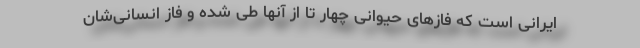
ایرانی است که فازهای حیوانی چهار تا از آنها طی شده و فاز انسانی‌شان